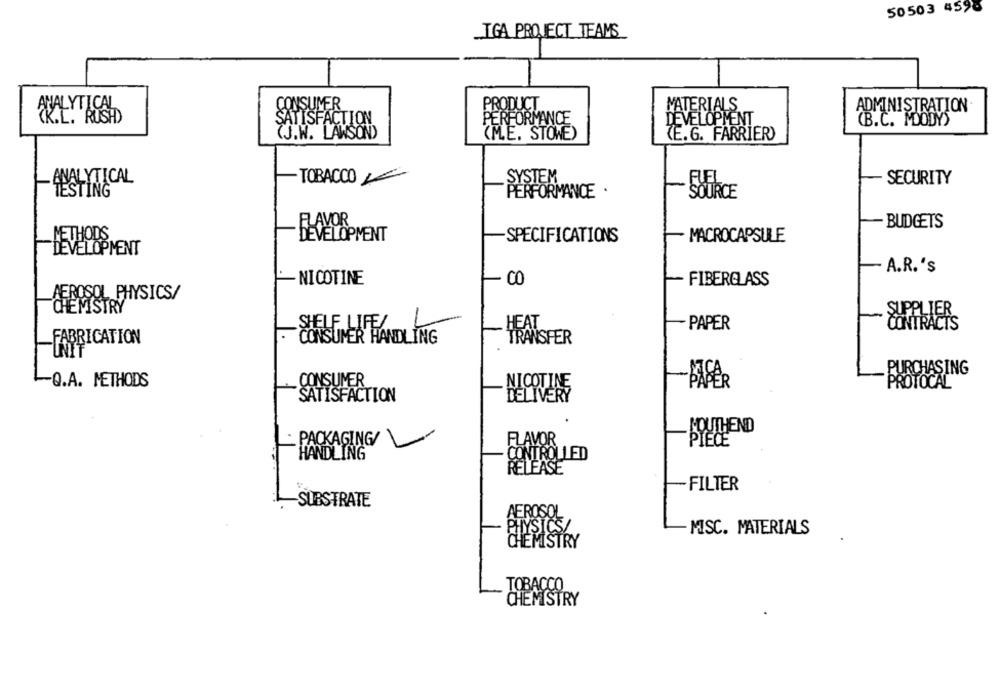
50503 4598
IGA PROJECT TEAMS
PRODU
CONSUMER
MATERIALS
ADMINISTRATION
¿K.L. RUSHD
SATISFACTION
PERFORMANCE
DEVELOPMENT
(B.C. MOODYS
(J.W. LAWSON)
"ME. STOWE)
(E.G. FARRIER)
ANALYTICAL
TOBACCO
SECURITY
SYSTEM
TESTING
PERFORMANCE ·
FLAVOR
BUDGETS
METHODS
DEVELOPMENT
SPECIFICATIONS
MACROCAPSULE
DEVELOPMENT
A.R. 's
-NICOTINE
CO
FIBERGLASS
AEROSOL PHYSICS/
CHEMISTRY
SUPPLIER
PAPER
CONTRACTS
CONSUMER HANDLING
FABRICATION
TRANSFER
PURCHASING
CONSUMER
Q.A. METHODS
NICOTINE
BAGER
PROTOCAL
SATISFACTION
DELIVERY
SOUTHEND
PACKAGING/
FLAVOR
HANDLING
CONTROLLED
RELEASE
FILTER
-SUBSTRATE
AEROSOL
HYSICS
MISC. MATERIALS
CHEMISTRY
TOBACCO
CHEMISTRY